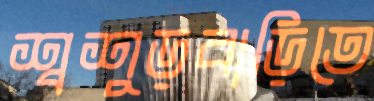
শ্বশুড়বাড়িতে